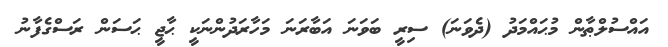
އައްސުލްޠާން މުޙައްމަދު (ދެވަނަ) ސިރީ ބަވަނަ އަބާރަނަ މަހާރަދުންނަކީ ޙާޖީ ޙަސަން ރަސްގެފާނު